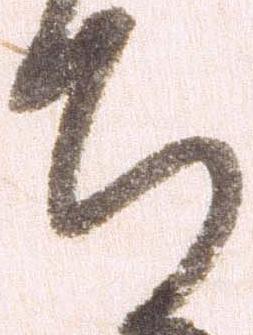
ち